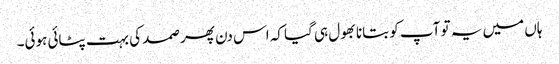
ہاں میں یہ تو آپ کو بتانا بھول ہی گیا کہ اس دن پھر صمد کی بہت پٹائی ہوئی۔